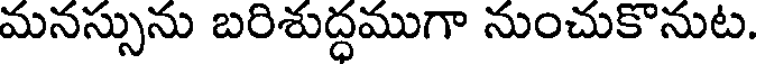
మనస్సును బరిశుద్ధముగా నుంచుకొనుట.